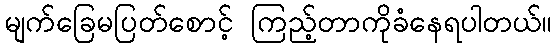
မျက်ခြေမပြတ်စောင့် ကြည့်တာကိုခံနေရပါတယ်။